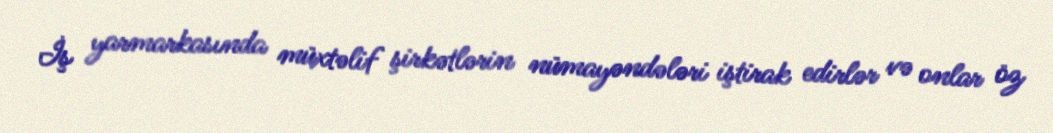
İş yarmarkasında müxtəlif şirkətlərin nümayəndələri iştirak edirlər və onlar öz